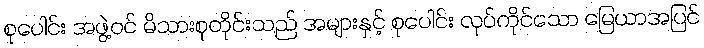
စုပေါင်း အဖွဲ့ဝင် မိသားစုတိုင်းသည် အများနှင့် စုပေါင်း လုပ်ကိုင်သော မြေယာအပြင်